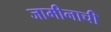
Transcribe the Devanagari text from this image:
जामीनाची